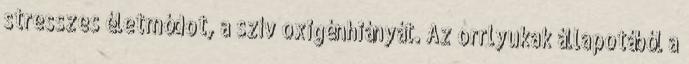
stresszes életmódot, a szív oxigénhiányát. Az orrlyukak állapotából a